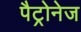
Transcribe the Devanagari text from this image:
पैट्रोनेज